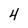
Character: 4